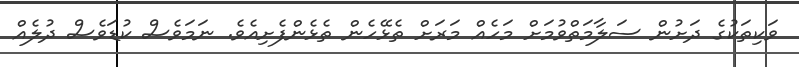
ވަކިތަކުގެ ދަށުން ސަލާމަތްވުމަށް މަހެއް މަރަށް ތެޅޭހެން ތެޅެންފެށިއެވެ. ނަމަވެސް ކުޑަވެސް ދުލެއް